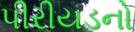
પીરીયડનો